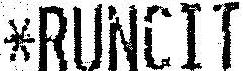
*RUNCIT